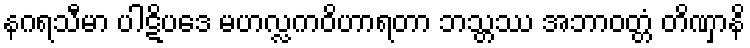
နဂရသီမာ ပါဋိပဒေ မဟလ္လကဝိဟာရတာ ဘသ္တဿ အဘာဝတ္တံ တိဏှာနိ